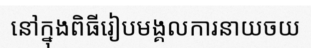
នៅក្នុងពិធីរៀបមង្គលការនាយចយ